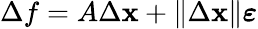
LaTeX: \Delta f=A\Delta\mathbf{x}+\| \Delta\mathbf{x}\| {\boldsymbol{\varepsilon}}